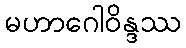
မဟာဂေါဝိန္ဒဿ